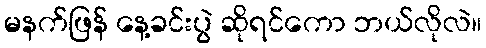
မနက်ဖြန် နေ့ခင်းပွဲ ဆိုရင်ကော ဘယ်လိုလဲ။